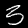
Digit: 3